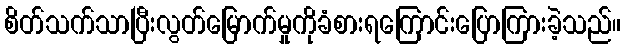
စိတ်သက်သာပြီးလွတ်မြောက်မှုကိုခံစားရကြောင်းပြောကြားခဲ့သည်။